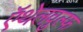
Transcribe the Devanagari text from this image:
ऍथेलवुल्फ